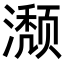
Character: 𬉏